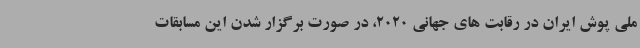
ملی پوش ایران در رقابت های جهانی 2020، در صورت برگزار شدن این مسابقات